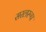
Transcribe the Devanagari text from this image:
सरलरूप